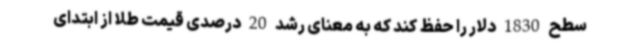
سطح 1830 دلار را حفظ کند که به معنای رشد 20 درصدی قیمت طلا از ابتدای